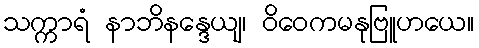
သက္ကာရံ နာဘိနန္ဒေယျ၊ ဝိဝေကမနုဗြူဟယေ။